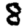
Digit: 8